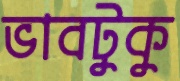
ভাবটুকু